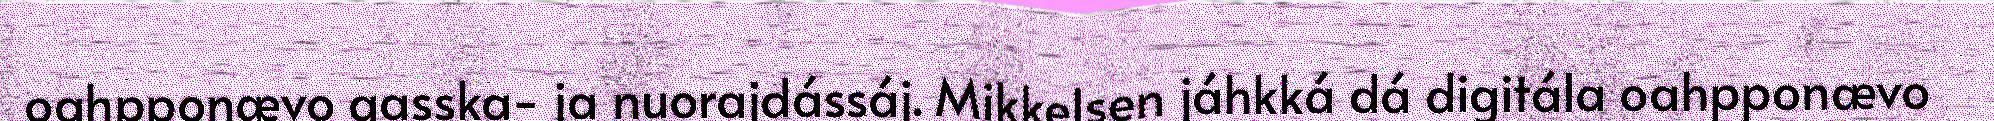
oahpponævo gasska- ja nuorajdássáj. Mikkelsen jáhkká dá digitála oahpponævo